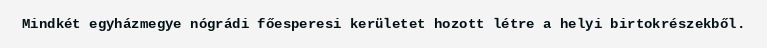
Mindkét egyházmegye nógrádi főesperesi kerületet hozott létre a helyi birtokrészekből.